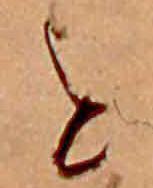
を